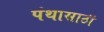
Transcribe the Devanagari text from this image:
पंथासाठी